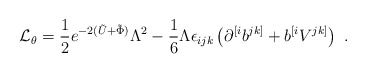
\begin{align*}{\cal{L}}_{\theta} = {1 \over 2} e^{-2(\tilde{U}+\tilde{\Phi})}\Lambda^2 -{1 \over 6}\Lambda\epsilon_{ijk} \left(\partial^{[i}b^{jk]} +b^{[i}V^{jk]}\right) \ . \end{align*}